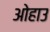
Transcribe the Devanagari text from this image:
ओहाउ